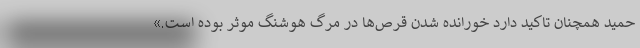
حمید همچنان تاکید دارد خورانده شدن قرص‌ها در مرگ هوشنگ موثر بوده است.»